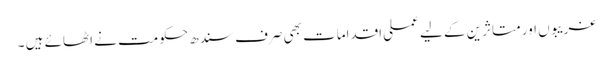
غریبوں اور متاثرین کے لیے عملی اقدامات بھی صرف سندھ حکومت نے اٹھائے ہیں ۔